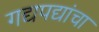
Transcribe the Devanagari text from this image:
गद्यपद्यांचा